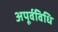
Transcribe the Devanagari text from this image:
अपूर्वविधि